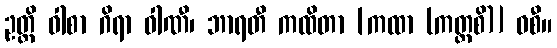
ဥတ္တိ ဝါစာ ဂိရာ ဝါဏီ၊ ဘာရတီ ကထိတာ [ကထာ (ကတ္ထစိ)] ဝစီ။